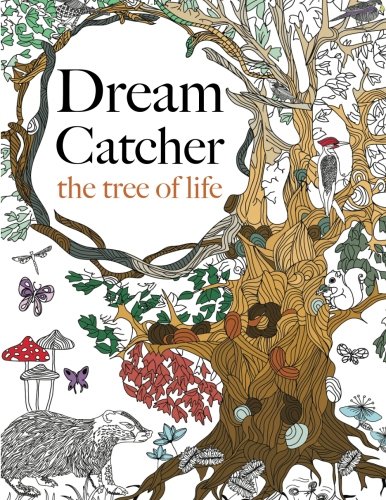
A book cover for Dream Catcher: the tree of life: An elaborate & Powerful Colouring Book For All Ages; Christina Rose; Arts & Photography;